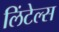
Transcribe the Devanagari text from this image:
लिंटेल्स